Civil Veterinary Department. Central Provinces & Berar 1932-41 - 1932-1941
Year: 1932
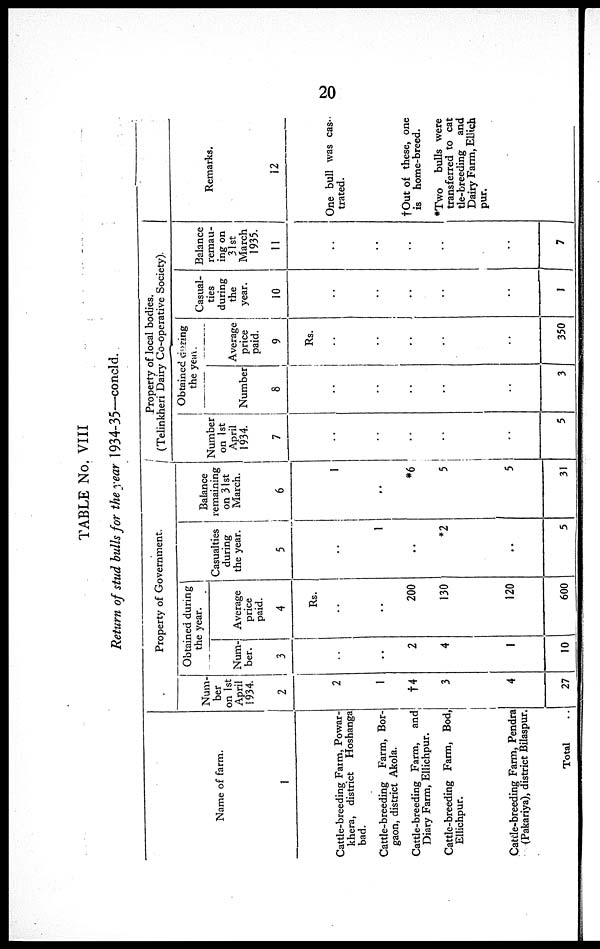
20
TABLE No. VIII
Return of stud bulls for the year 1934-35—concld.
Name of farm.
1
Cattle-breeding Farm, Powar¬
khera, district Hoshanga
bad.
Cattle-breeding Farm, Bor¬
gaon, district Akola.
Cattle-breeding Farm, and
Diary Farm, Ellichpur.
Cattle-breeding Farm, Bod,
Ellichpur.
Cattle-breeding Farm, Pendra
(Pakariya), district Bilaspur.
Total ..
Property of Government.
Num-
ber
on 1st
April
1934.
2
2
1
†4
3
4
27
Obtained during
the year.
Num-
ber.
3
..
..
2
4
1
10
Average
price
paid.
4
Rs.
..
..
200
130
120
600
Casualties
during
the year.
5
..
1
..
*2
..
5
Balance
remaining
on 31st
March.
6
1
..
*6
5
5
31
Property of local bodies.
(Telinkheri Dairy Co-operative Society).
Number
on 1st
April
1934.
7
..
..
..
..
..
5
Obtained caring
the year.
Number
8
..
..
..
..
..
3
Average
price
paid.
9
Rs.
..
..
..
..
..
350
Casual-
ties
during
the
year.
10
..
..
..
..
..
1
Balance
remau¬
ing on
31st
March
1935.
11
..
..
..
..
..
7
Remarks.
12
One bull was cas-
trated.
†Out of these, one
is home-breed.
*Two bulls were
transferred to cat
tle-breeding
and
Dairy Farm, Ellich
pur.